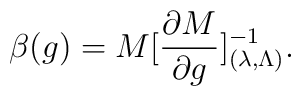
\beta(g) = M [{\partial M \over \partial g}]^{-1}_{(\lambda, \Lambda)}.